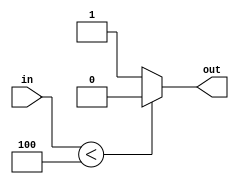
`timescale 1ns / 1ps
//////////////////////////////////////////////////////////////////////////////////
// 
// Module Name: self_purging_full_adder
//////////////////////////////////////////////////////////////////////////////////

module voter(
    in, out);
    parameter N=6;
    parameter THR=4;  //Upper bound of (N+1)/2 
    input [N-1:0] in;
    output out;
    assign out =(in<THR)? 0:1;
endmodule